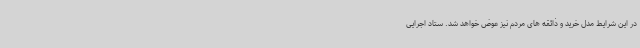
در این شرایط مدل خرید و ذائقه های مردم نیز عوض خواهد شد. ستاد اجرایی